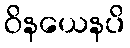
ဝိနယေနပိ